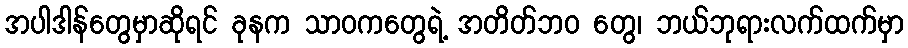
အပါဒါန်တွေမှာဆိုရင် ခုနက သာဝကတွေရဲ့ အတိတ်ဘဝ တွေ၊ ဘယ်ဘုရားလက်ထက်မှာ